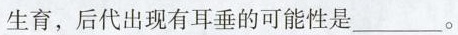
生育，后代出现有耳垂的可能性是___。